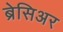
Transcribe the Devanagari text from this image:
ब्रेसिअर